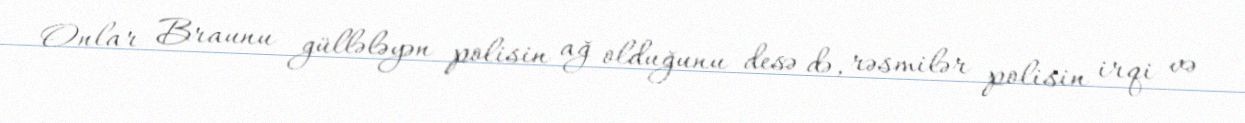
Onlar Braunu güllələyən polisin ağ olduğunu desə də, rəsmilər polisin irqi və